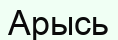
Арысь